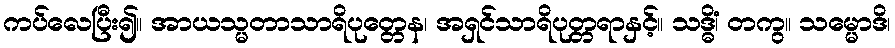
ကပ်လေပြီး၍။ အာယသ္မတာသာရိပုတ္တေန၊ အရှင်သာရိပုတ္တရာနှင့်။ သဒ္ဓိံ၊ တကွ။ သမ္မောဒိ၊